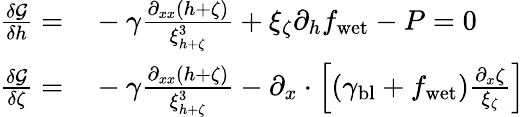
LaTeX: \begin{array}{rl}{\frac{\delta\mathcal{G}}{\delta h}=}&{{}-\gamma\frac{\partial_{xx}(h+\zeta)}{\xi_{h+\zeta}^{3}}+\xi_{\zeta}\partial_{h}f_{\mathrm{wet}}-P=0}\\ {\frac{\delta\mathcal{G}}{\delta\zeta}=}&{{}-\gamma\frac{\partial_{xx}(h+\zeta)}{\xi_{h+\zeta}^{3}}-\partial_{x}\cdot\left[(\gamma_{\mathrm{bl}}+f_{\mathrm{wet}})\frac{\partial_{x}\zeta}{\xi_{\zeta}}\right]}\end{array}